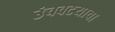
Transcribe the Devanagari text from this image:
उंचवटयाचा